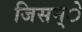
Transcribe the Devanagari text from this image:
जिसन्े